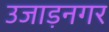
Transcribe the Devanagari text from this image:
उजाड़नगर